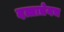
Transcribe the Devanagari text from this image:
दत्तात्रेयच